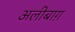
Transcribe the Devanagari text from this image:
अलीबाग़